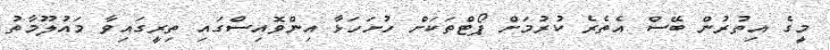
މީގެ އިތުރުން ބޭސް އެތެރެ ކުރުމަށް ޕޯޓްތަކަށް ހުށަހަޅާ އިންވޮއިސްގައި ތިރީގައިވާ މައުލޫމާތު